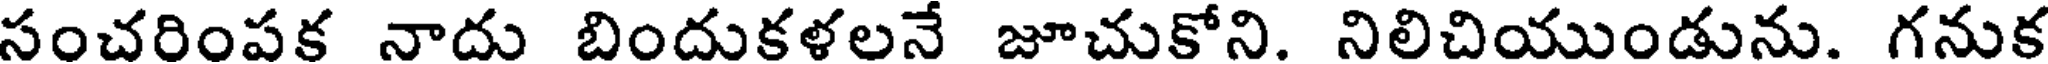
సంచరింపక నాదు బిందుకళలనే జూచుకోని. నిలిచియుండును. గనుక